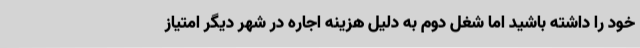
خود را داشته باشید اما شغل دوم به دلیل هزینه اجاره در شهر دیگر امتیاز